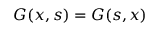
\quad G ( x , s ) = G ( s , x )